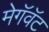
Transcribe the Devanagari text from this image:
मेगॅवॅट